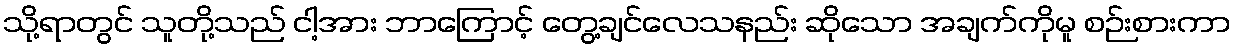
သို့ရာတွင် သူတို့သည် ငါ့အား ဘာကြောင့် တွေ့ချင်လေသနည်း ဆိုသော အချက်ကိုမူ စဉ်းစားကာ